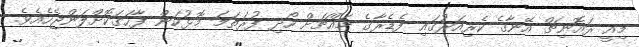
މިއީ ރައޮނިޗް އޭނާގެ ކެރިއަރުގައި ފެޑެރާގެ މައްޗަށް ހޯދި ފުރަތަމަ މޮޅުކަން ފާހަގަކޮށްލަންޖެހެއެވެ.